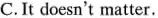
C.It doesn't matter.